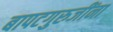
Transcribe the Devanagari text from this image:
बापटगुरुजींना